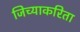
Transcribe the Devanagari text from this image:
जिच्याकरिता